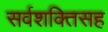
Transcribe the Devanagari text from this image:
सर्वशक्तिसह